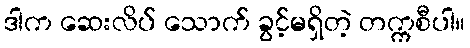
ဒါက ဆေးလိပ် သောက် ခွင့်မရှိတဲ့ တက္ကစီပါ။